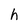
Character: h